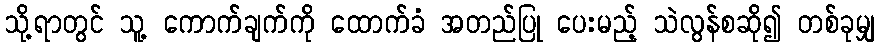
သို့ရာတွင် သူ့ ကောက်ချက်ကို ထောက်ခံ အတည်ပြု ပေးမည့် သဲလွန်စဆို၍ တစ်ခုမျှ